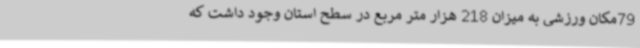
79مکان ورزشی به میزان 218 هزار متر مربع در سطح استان وجود داشت که